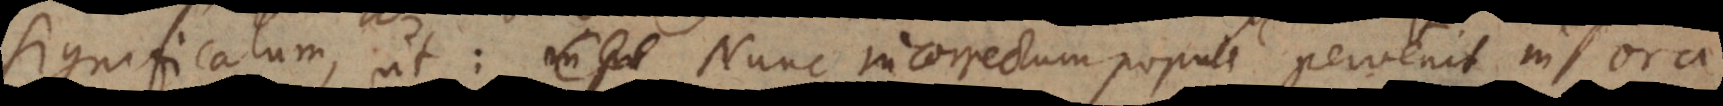
significatum, ut: Nunc incorrectum populi pervenit in ora,